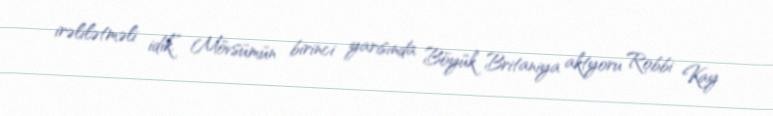
irəlilətməli idik.” Mövsümün birinci yarısında Böyük Britaniya aktyoru Robbi Kay